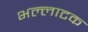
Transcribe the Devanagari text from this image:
भल्लाटक